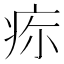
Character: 𤵜